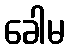
ခေါမ